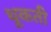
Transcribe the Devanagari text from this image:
थूकती